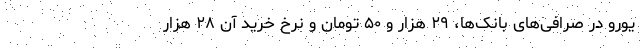
یورو در صرافی‌های بانک‌ها، ۲۹ هزار و ۵۰ تومان و نرخ خرید آن ۲۸ هزار